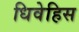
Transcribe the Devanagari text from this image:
धिवेहिस